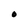
Character: O